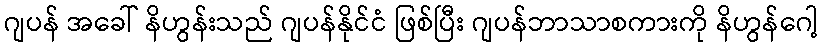
ဂျပန် အခေါ် နိဟွန်းသည် ဂျပန်နိုင်ငံ ဖြစ်ပြီး ဂျပန်ဘာသာစကားကို နိဟွန်ဂေါ့